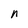
Character: n